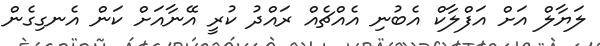
ލަޔާލް އަށް އަފްލާކް އެބުނި އެއްޗެއް ރައްދު ކުރީ އޭނާއަށް ކަން އެނގިގެން